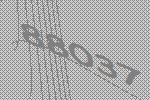
88037